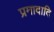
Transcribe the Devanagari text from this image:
प्रमादादि